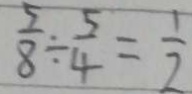
\frac { 5 } { 8 } \div \frac { 5 } { 4 } = \frac { 1 } { 2 }